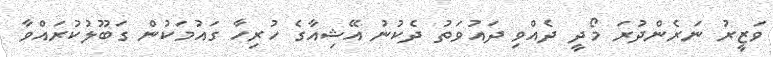
ވަޒީރު ނަރެންދުރަ މޯދީ ދެއްވި ދައުވަތު ދެކުނު އޭޝިއާގެ ހުރިހާ ގައުމަކުން ގަބޫލުކުރައްވާ